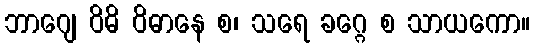
ဘာဂျေ ဝိဓိ ဝိဓာနေ စ၊ သရေ ခဂ္ဂေ စ သာယကော။